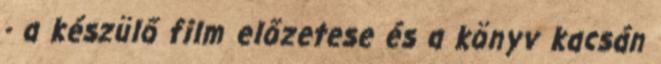
- a készülő film előzetese és a könyv kacsán